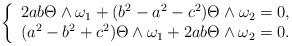
LaTeX: \begin{align*}\left\{\begin{array}{cc}2ab\Theta\wedge\omega_1+(b^2-a^2-c^2)\Theta\wedge\omega_2=0,\\(a^2-b^2+c^2)\Theta\wedge\omega_1+2ab\Theta\wedge\omega_2=0.\\\end{array}\right.\end{align*}